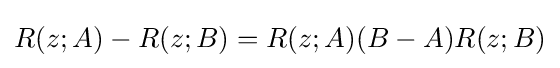
R(z;A)-R(z;B)=R(z;A)(B-A)R(z;B)